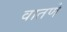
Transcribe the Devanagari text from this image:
वातणे